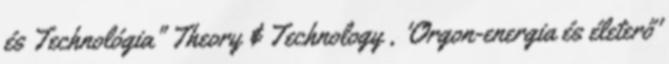
és Technológia" Theory & Technology , 'Orgon-energia és életerő'